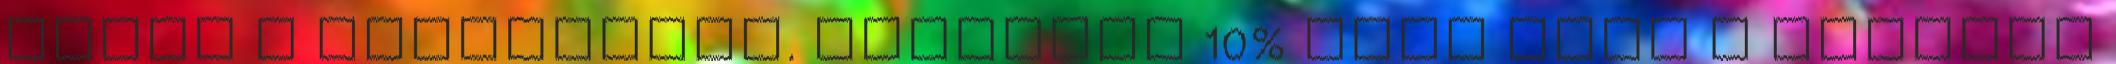
ebben a kaszinóban. Izgalmas 10% Cash Back a bónuszt